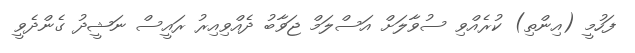
ފަހުމީ (އިންތި) ކުރެއްވި ސުވާލަށް އަސްލަމް ޖަވާބު ދެއްވިއިރު ރައީސް ނަޝީދު ގެންދެވީ